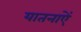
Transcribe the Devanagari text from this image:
यातनाऐं